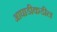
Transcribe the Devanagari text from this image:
आघाडीकडील